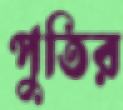
পুতির